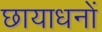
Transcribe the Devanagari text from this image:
छायाधनों